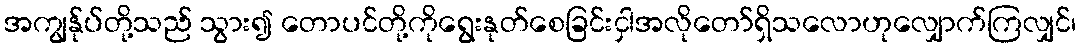
အကျွန်ုပ်တို့သည် သွား၍ တောပင်တို့ကိုရွေးနုတ်စေခြင်းငှါအလိုတော်ရှိသလောဟုလျှောက်ကြလျှင်၊